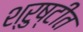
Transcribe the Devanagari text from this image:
श्रुष्टीत